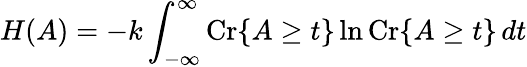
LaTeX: H(A)=-k\int_{-\infty}^{\infty}\operatorname{Cr}\lbrace A\geq t\rbrace\ln\operatorname{Cr}\lbrace A\geq t\rbrace\, dt